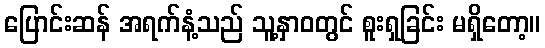
ပြောင်းဆန် အရက်နံ့သည် သူ့နှာဝတွင် စူးရှခြင်း မရှိတော့။